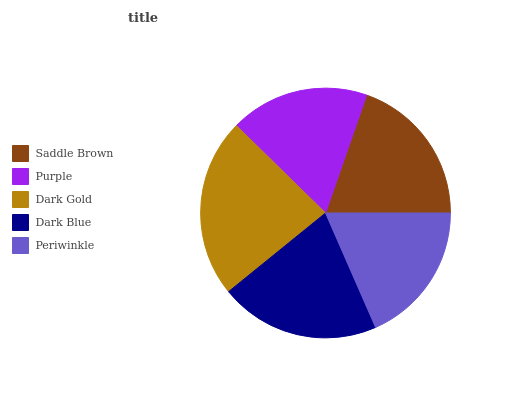
| Saddle Brown | Purple | Dark Gold | Dark Blue | Periwinkle |
 | --- | --- | --- | --- | --- |
 | 19.7% | 18% | 23.2% | 20.7% | 18.4% |